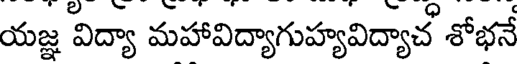
యజ్ఞ విద్యా మహావిద్యాగుహ్యవిద్యాచ శోభనే